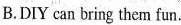
B.DIY can bring them fun